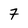
Character: 7